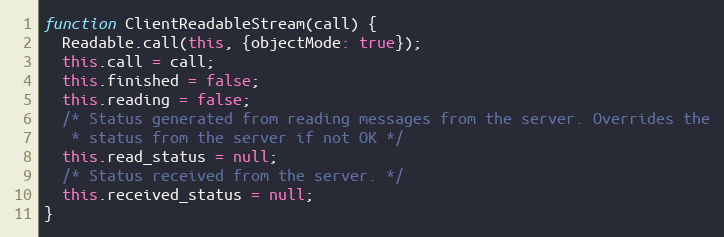
Language: JavaScript
function ClientReadableStream(call) {
  Readable.call(this, {objectMode: true});
  this.call = call;
  this.finished = false;
  this.reading = false;
  /* Status generated from reading messages from the server. Overrides the
   * status from the server if not OK */
  this.read_status = null;
  /* Status received from the server. */
  this.received_status = null;
}